Virumaa_algkoolid, lk 76
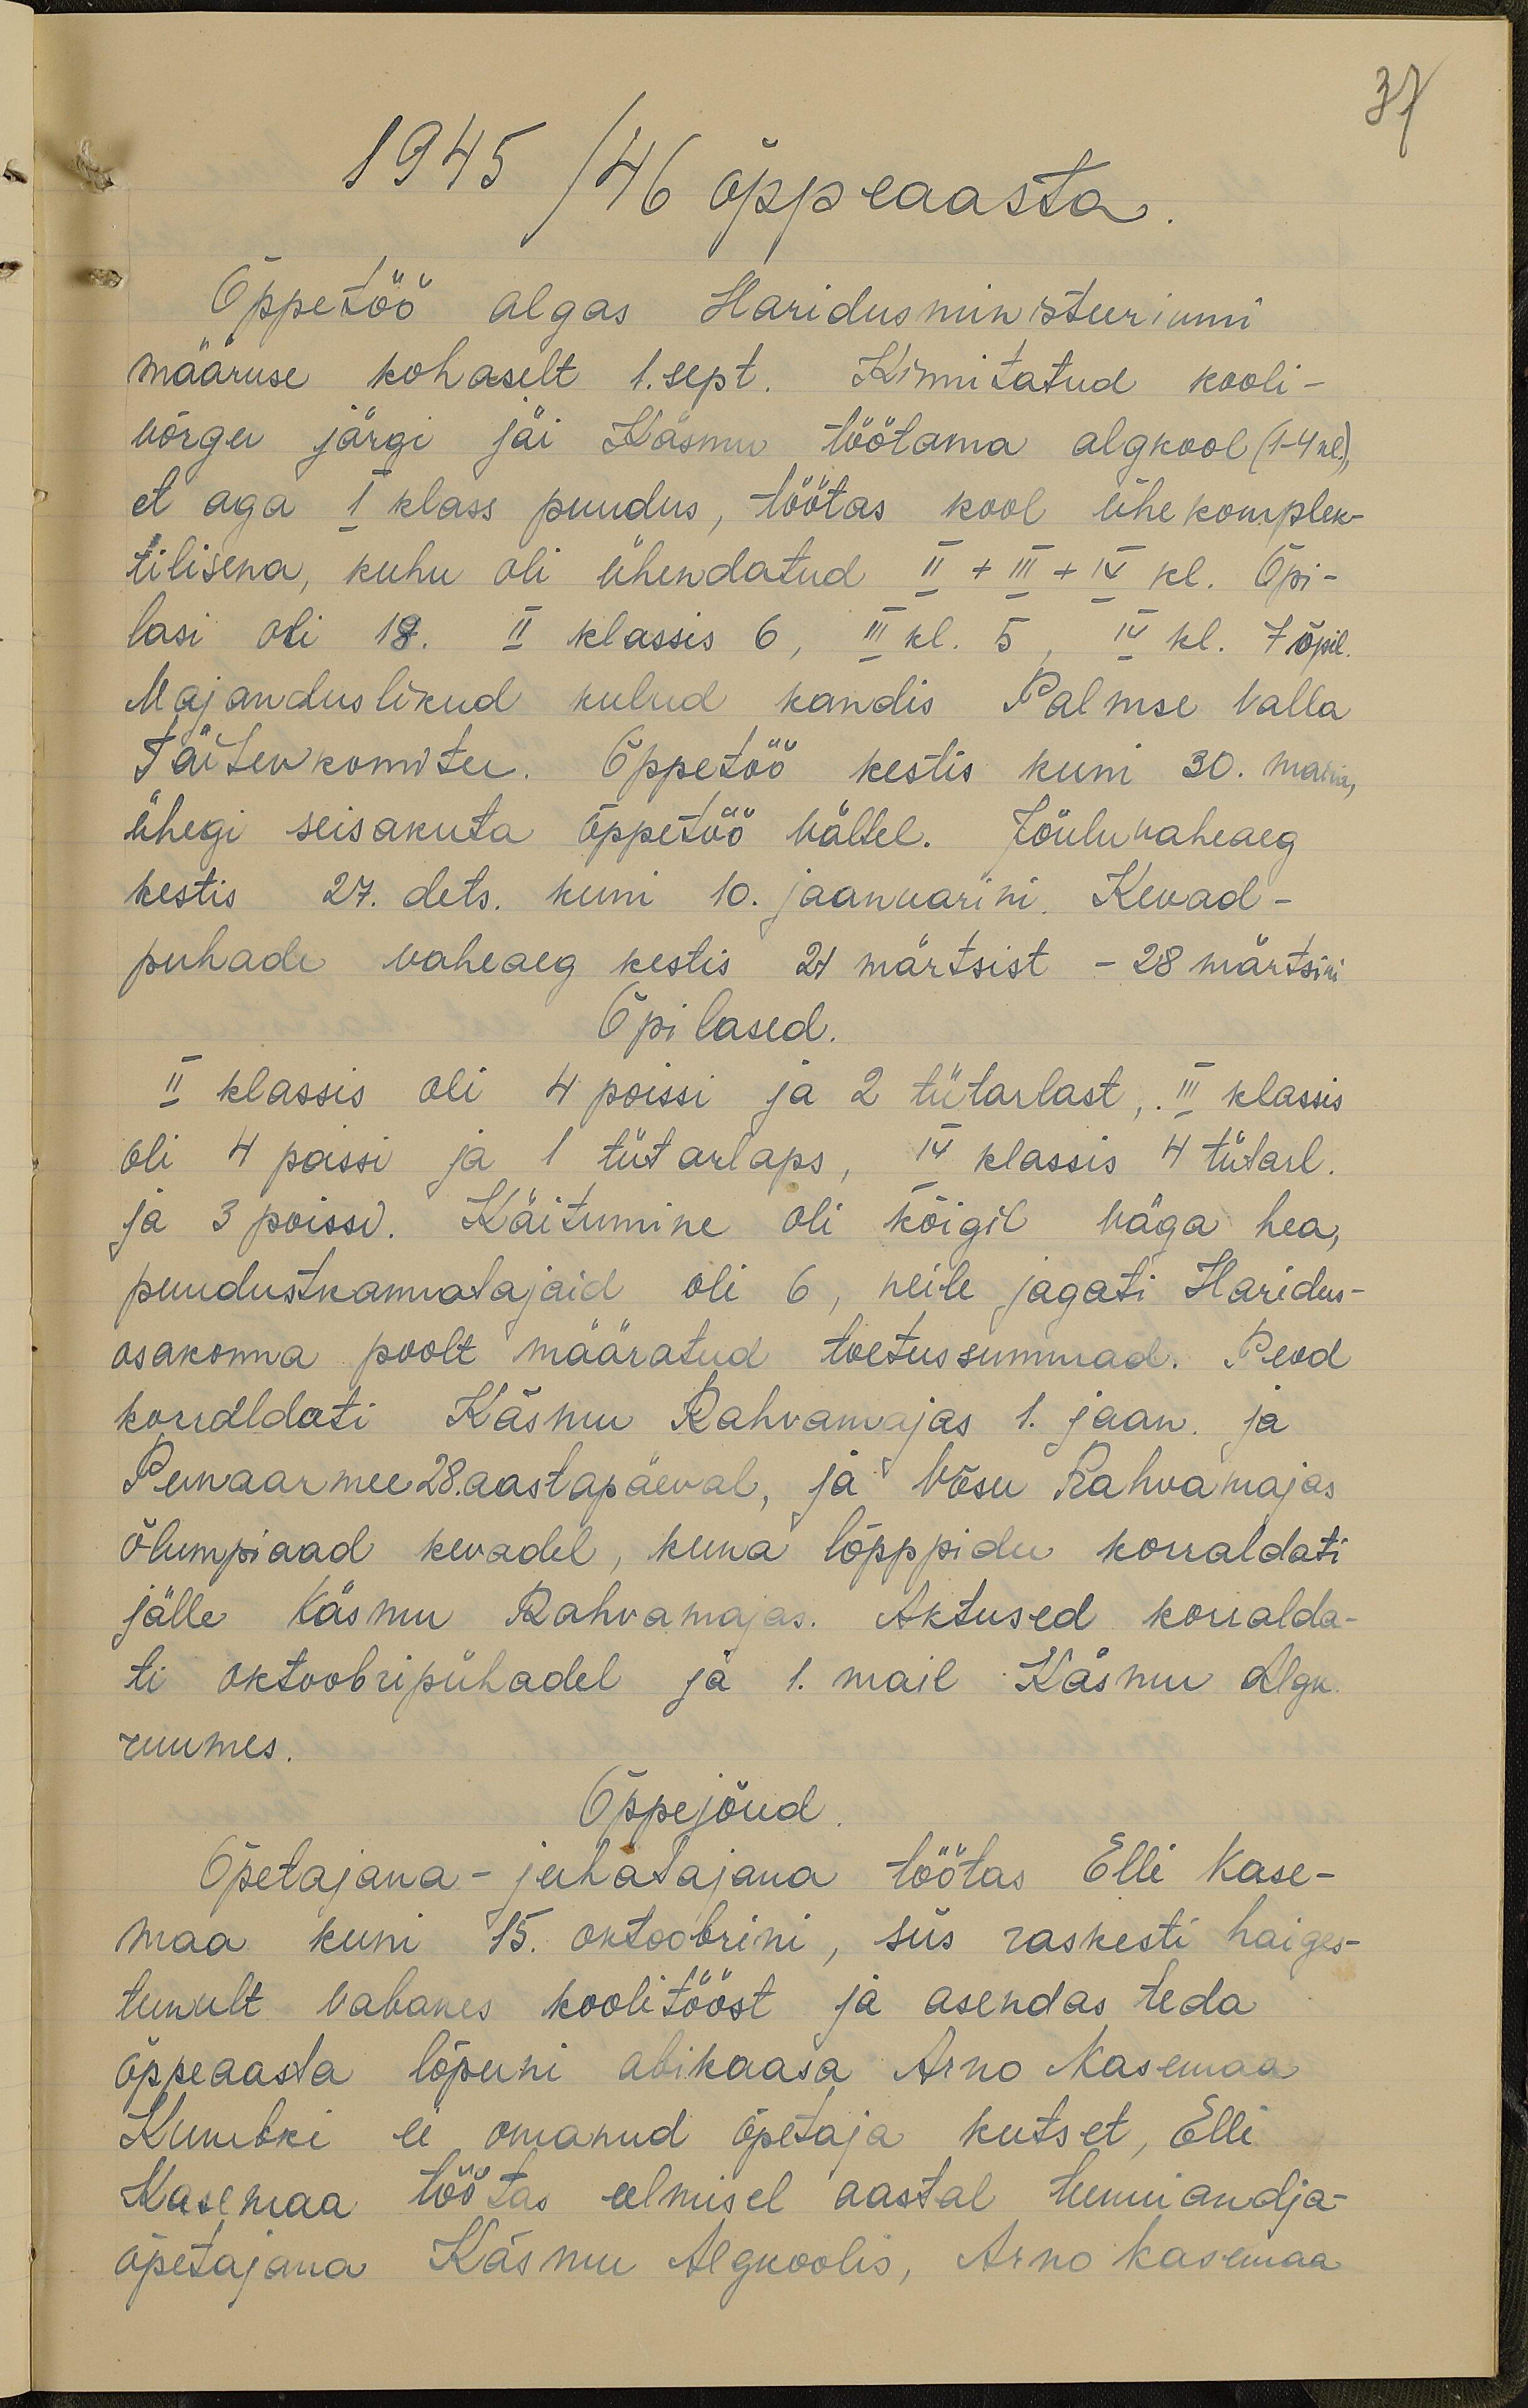
37

1945/46 õppeaasta
Õppetöö algas Haridusministeeriumi
määruse kohaselt 1. sept. Kinnitatud kooli-
võrgu järgi jäi Käsmu töötama algkool (1-4kl).
et aga I klass puudus, töötas kool ühekomplek-
tilisena, kuhu oli ühendatud II + III + IV kl. Õpi-
lasi oli 18. II klassis 6, III kl. 5. IV kl. 7 õpil.
Majanduslikud kulud kandis Palmse valla
Täitevkomitee. Õppetöö kestis kuni 30. maini,
ühegi seisakuta õppetöö vältel. Jõuluvaheaeg
kestis 27. dets. kuni 10. jaanuarini. Kevad-
puhade vaheaeg kestis 21 märtsist - 28 märtsini
Õpilased.
II klassis oli 4 poissi ja 2 tütarlast, III klassis
oli 4 poissi ja 1 tütarlaps. IV klassis 4 tütarl.
ja 3 poissi. Käitumine oli kõigil väga hea,
puudustkannatajaid oli 6, neile jagati Haridus-
osakonna poolt määratud toetussummad. Peod
korraldati Käskmu Rahvamajas 1. jaan. ja
Punaarmee 28. aastapäeval, ja Võsu Rahvamajas
Õlumpiaad kevadel, kuna lõpppidu korraldati
jälle Käsmu Rahvamajas. Aktused korralda-
ti oktoobripühadel ja 1. mail Käsmu Algk.
ruumes.
Õppejõud
Õpetajana-juhatajana töötas Elli Kase-
maa kuni 15. oktoobrini, siis raskesti haiges-
tunult vabanes koolitööst ja asendas teda
õppeaasta lõpuni abikaasa Arno Kasemaa
Kumbki ei omanud õpetaja kutset, Elli
Kasemaa töötas eelmisel aastal tunniandja-
õpetajana Käsmu Algkoolis, Arno Kasemaa